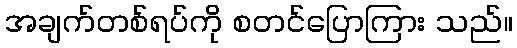
အချက်တစ်ရပ်ကို စတင်ပြောကြား သည်။